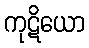
ကုဋိယော